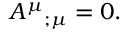
{ A ^ { \mu } } _ { ; \mu } = 0 .